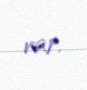
var.